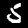
Label: 5